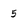
Character: 5